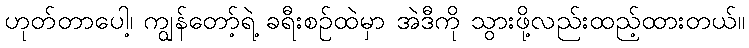
ဟုတ်တာပေါ့၊ ကျွန်တော့်ရဲ့ ခရီးစဉ်ထဲမှာ အဲဒီကို သွားဖို့လည်းထည့်ထားတယ်။